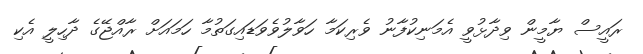
ރައީސް ޔާމީން ވިދާޅުވީ އެމަނިކުފާނު ވެރިކަމާ ހަވާލުވެވަޑައިގަތުމާ ހަމައަށް ރާއްޖޭގެ ދާހިލީ އެކި